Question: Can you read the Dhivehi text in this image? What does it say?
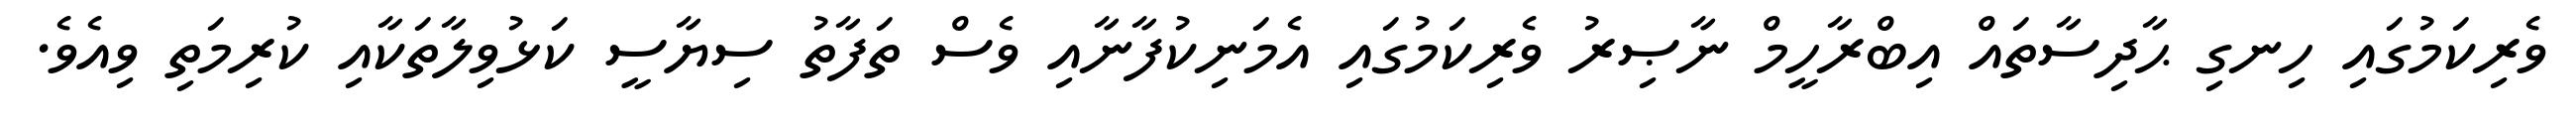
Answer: ވެރިކަމުގައި ހިނގި ޙާދިސާތައް އިބްރާހީމް ނާޞިރު ވެރިކަމުގައި އެމަނިކުފާނާއި ވެސް ތަފާތު ސިޔާސީ ކަޅުވިލާތަކާއި ކުރިމަތި ވިއެވެ.